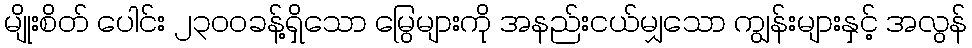
မျိုးစိတ် ပေါင်း ၂၃၀၀ခန့်ရှိသော မြွေများကို အနည်းငယ်မျှသော ကျွန်းများနှင့် အလွန်